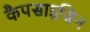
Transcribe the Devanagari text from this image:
कैपसाइसिन